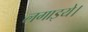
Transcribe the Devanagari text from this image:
लगाइये।